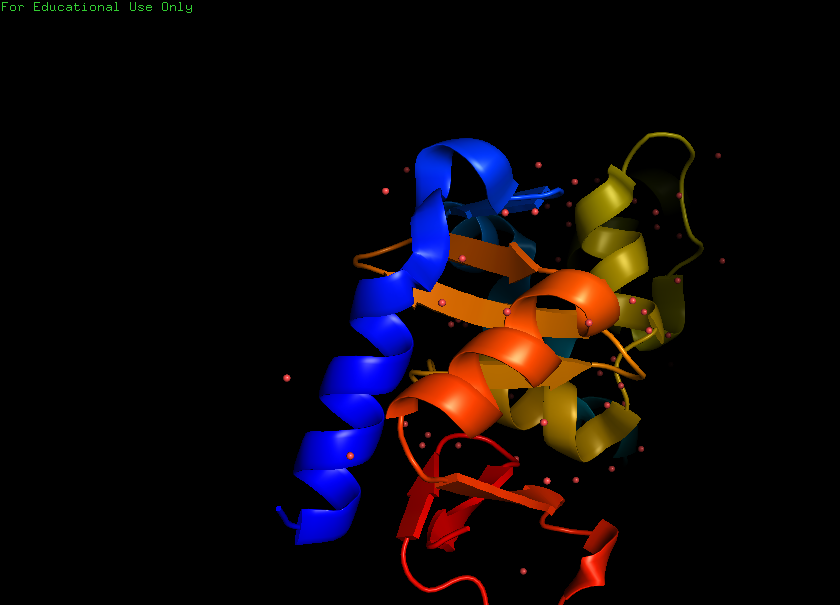
pymol, preset, pretty_solv